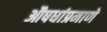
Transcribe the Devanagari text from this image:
औषधांप्रमाणे